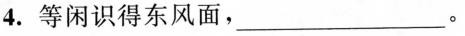
4.等闲识得东风面，___。